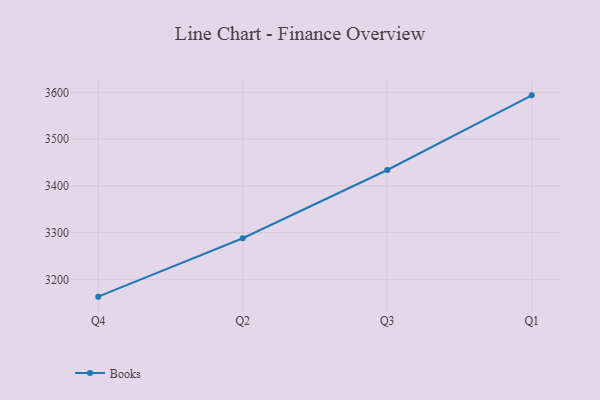
{"axis": {"x": "Quarter", "y": "Active Users"}, "legend": ["Books"], "data": [{"x": "Q4", "y": 3163.0, "type": "Books"}, {"x": "Q2", "y": 3287.9, "type": "Books"}, {"x": "Q3", "y": 3433.9, "type": "Books"}, {"x": "Q1", "y": 3593.5, "type": "Books"}]}